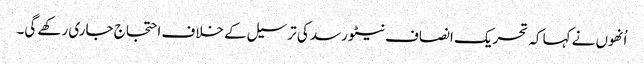
اُنھوں نے کہا کہ تحریک انصاف نیٹو رسد کی ترسیل کے خلاف احتجاج جاری رکھے گی۔